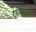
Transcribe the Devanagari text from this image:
एलक